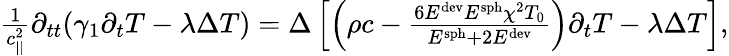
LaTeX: \begin{array}{r}{\frac{1}{c_{||}^{2}}\partial_{tt}(\gamma_{1}\partial_{t}T-\lambda\Delta T)=\Delta\left[\left(\rho c-\frac{6E^{\textrm{dev}}E^{\textrm{sph}}\chi^{2}T_{0}}{E^{\textrm{sph}}+2E^{\textrm{dev}}}\right)\partial_{t}T-\lambda\Delta T\right],}\end{array}